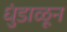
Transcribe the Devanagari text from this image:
धुंडाळून